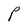
Character: P